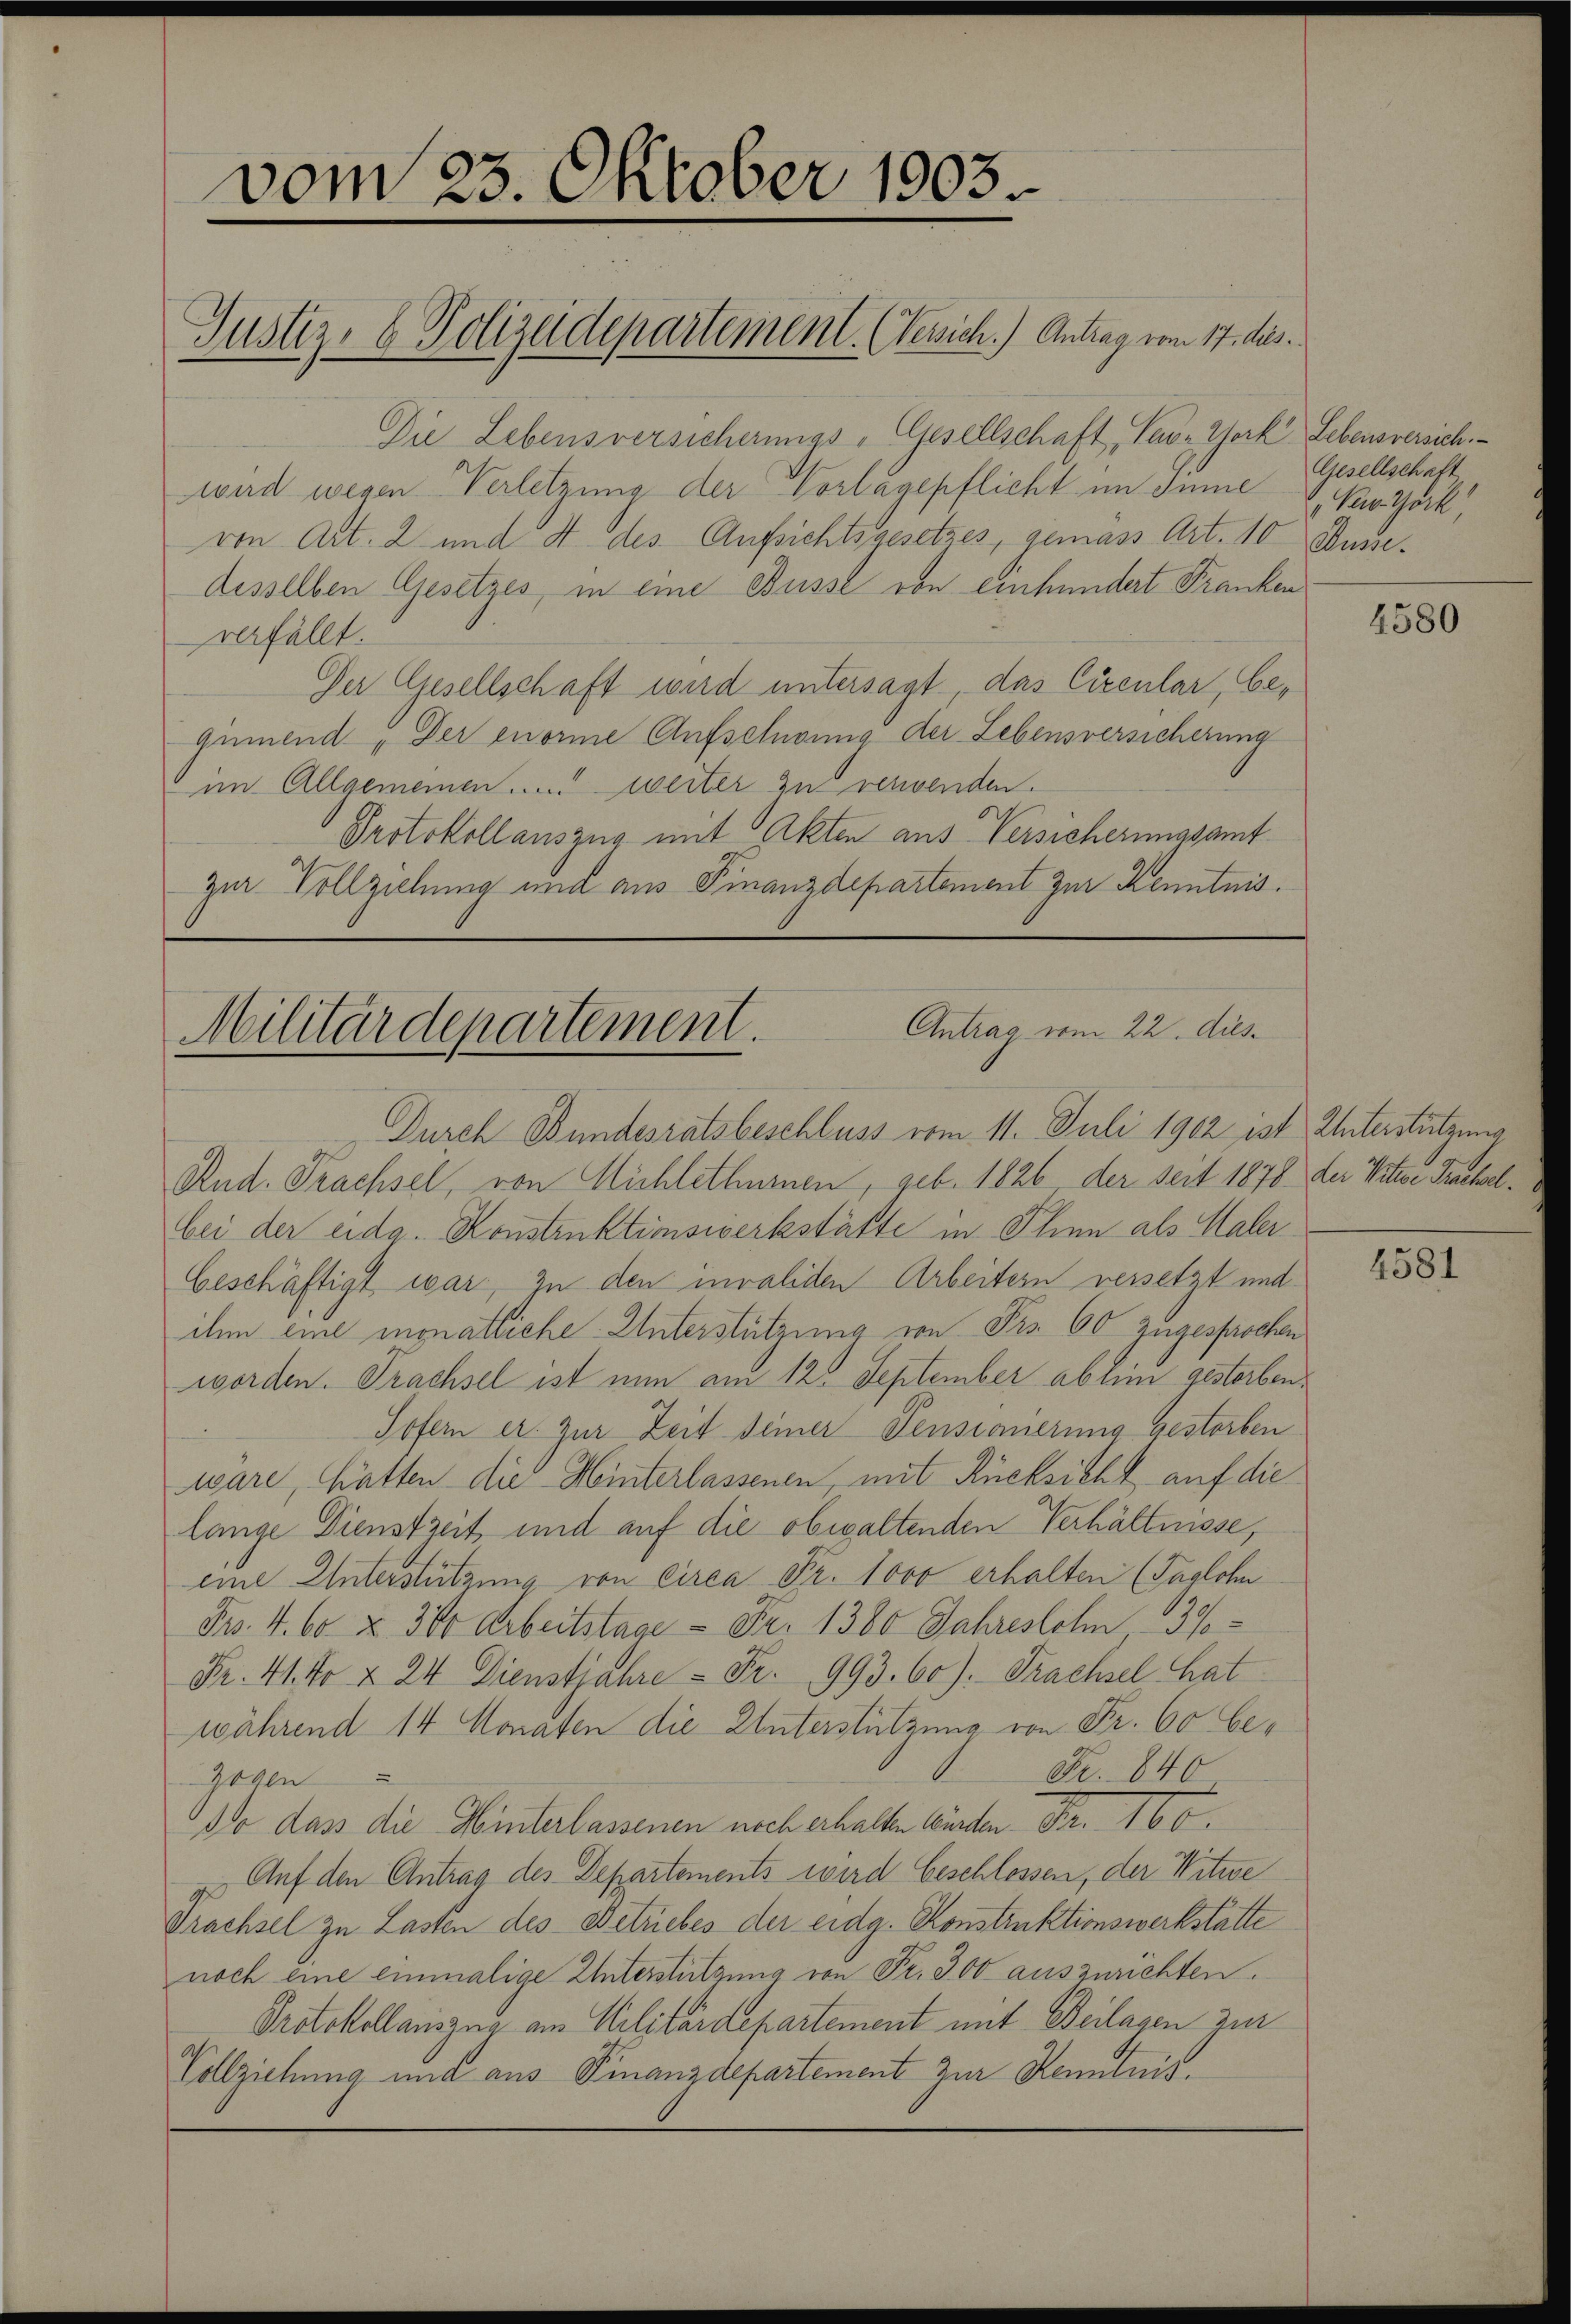
vom 23. Oktober 1903.
Justiz- & Polizeidepartement. (Gesich.) Antrag vom 17. des

Die Lebensversicherungs-Gesellschaft, Pau-York Lebensversich
wird wegen Verletzung der Vorlagepflicht im Sinne  New York,
von Art. 2 und 4 des Aufsichtsgesetzes, gemass Art. 10 Dunsedesselben Gesetzes, in eine Busse von einhundert Franken
verfällt.
Der Gesellschaft wird untersagt, das Circular, begumend „Der enorme Aufschwung der Lebensversicherung
im Allgemeinen . . . . . weiter zu verwenden.
Protokollauszug mit Akten aus Versicherungsamt
zur Vollziehung und aus Finanzdepartement zur Kenntnis.

Antrag vom 22. dies.
Militärdepartement.

Durch Bundesratsbeschluss vom 11. Juli 1902 ist Unterstützung
Rud. Trachsel, von Michlethurnen, geb. 1826 der seit 1878 der Witwe Trachselbei der eidg. Konstruktionswerkstätte in Thien als Maler
Geschäftigt war, zu den invaliden Arbeitern versetzt und
ihm eine monatliche Unterstützung von Frs. 60 zugesprochen
worden. Prachsel ist nun am 12. September abhin gestorben¬
Sofern er zur Zeit seiner Pensionierung gestorben
wäre, hatten die Hinterlassenen, mit Rücksicht auf die
lange Dienstzeit und auf die obwaltenden Verhältnisse,
eine Unterstützung von circa Fr. 1000 erhalten (Taglohn
Fro. 4. 60. Z. 380 Arbeitstage - Fr. 1380 Jahreslolm 137
Fr. 41. Fr. & 24 Dienstjahre Fr. 993. 60). Trachsel hat
während 14 Monaten die Unterstützung von Fr. 60 be¬
Fr. 840
Zogen
do dass die Hinterlassenen noch erhalten würden. Fr. 160.
Auf den Antrag des Departements wird beschlossen, der Witwe
Prachsel zu Lasten des Betriebes der eidg. Konstruktionswerkstatte
noch eine einmalige Unterstützung von Fr. 300 auszurichten.
Protokollauszug am Militärdepartement mit Beilagen zur
Vollziehung und aus Finanzdepartement zur Kenntnis.

Gesellschaft

4580

4581